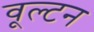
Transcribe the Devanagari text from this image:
वूल्टन